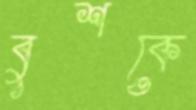
বুশকে